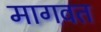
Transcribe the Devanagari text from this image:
मागवत